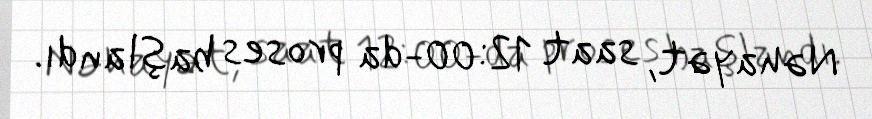
Nəhayət, saat 12:00-da proses başlandı.